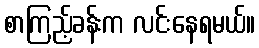
စာကြည့်ခန်းက လင်းနေရမယ်။